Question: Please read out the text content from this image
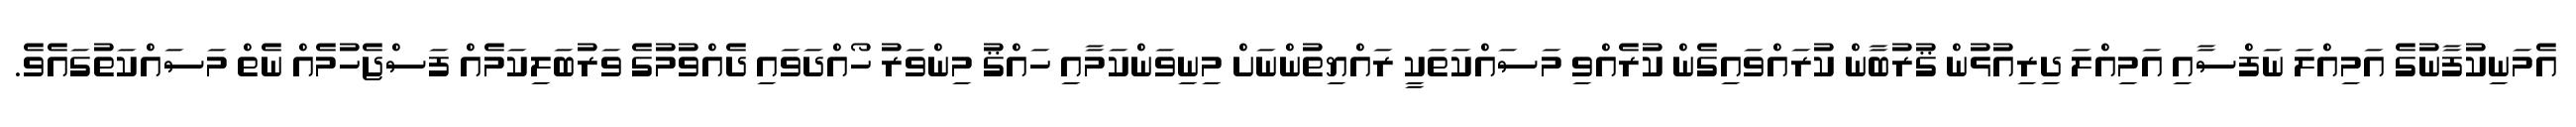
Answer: އެމަނިކުފާނުގެ އަމިއްލަ ނަފްސާއި އަމިއްލަ ދިރިއުޅުން ޤުރުބާން ކުރައްވައިގެން ކުރެއްވި މަސައްކަތަކީ ރައްޔިތުންނަށް މިނިވަންކަމާއި ހައްޤު މިންވަރު ހޯއްދަވައި ދެއްވުމުގެ ވަރުބަލިކަމެއް ފަސްޖެހުމެއް ނެތް މަސައްކަތުގައެވެ.